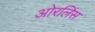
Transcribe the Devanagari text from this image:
ओरलिंस